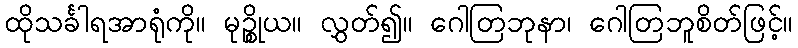
ထိုသင်္ခါရအာရုံကို။ မုဉ္စိုယ။ လွှတ်၍။ ဂေါတြဘုနာ၊ ဂေါတြဘူစိတ်ဖြင့်။